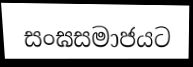
සංඝසමාජයට